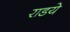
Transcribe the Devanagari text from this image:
राडये